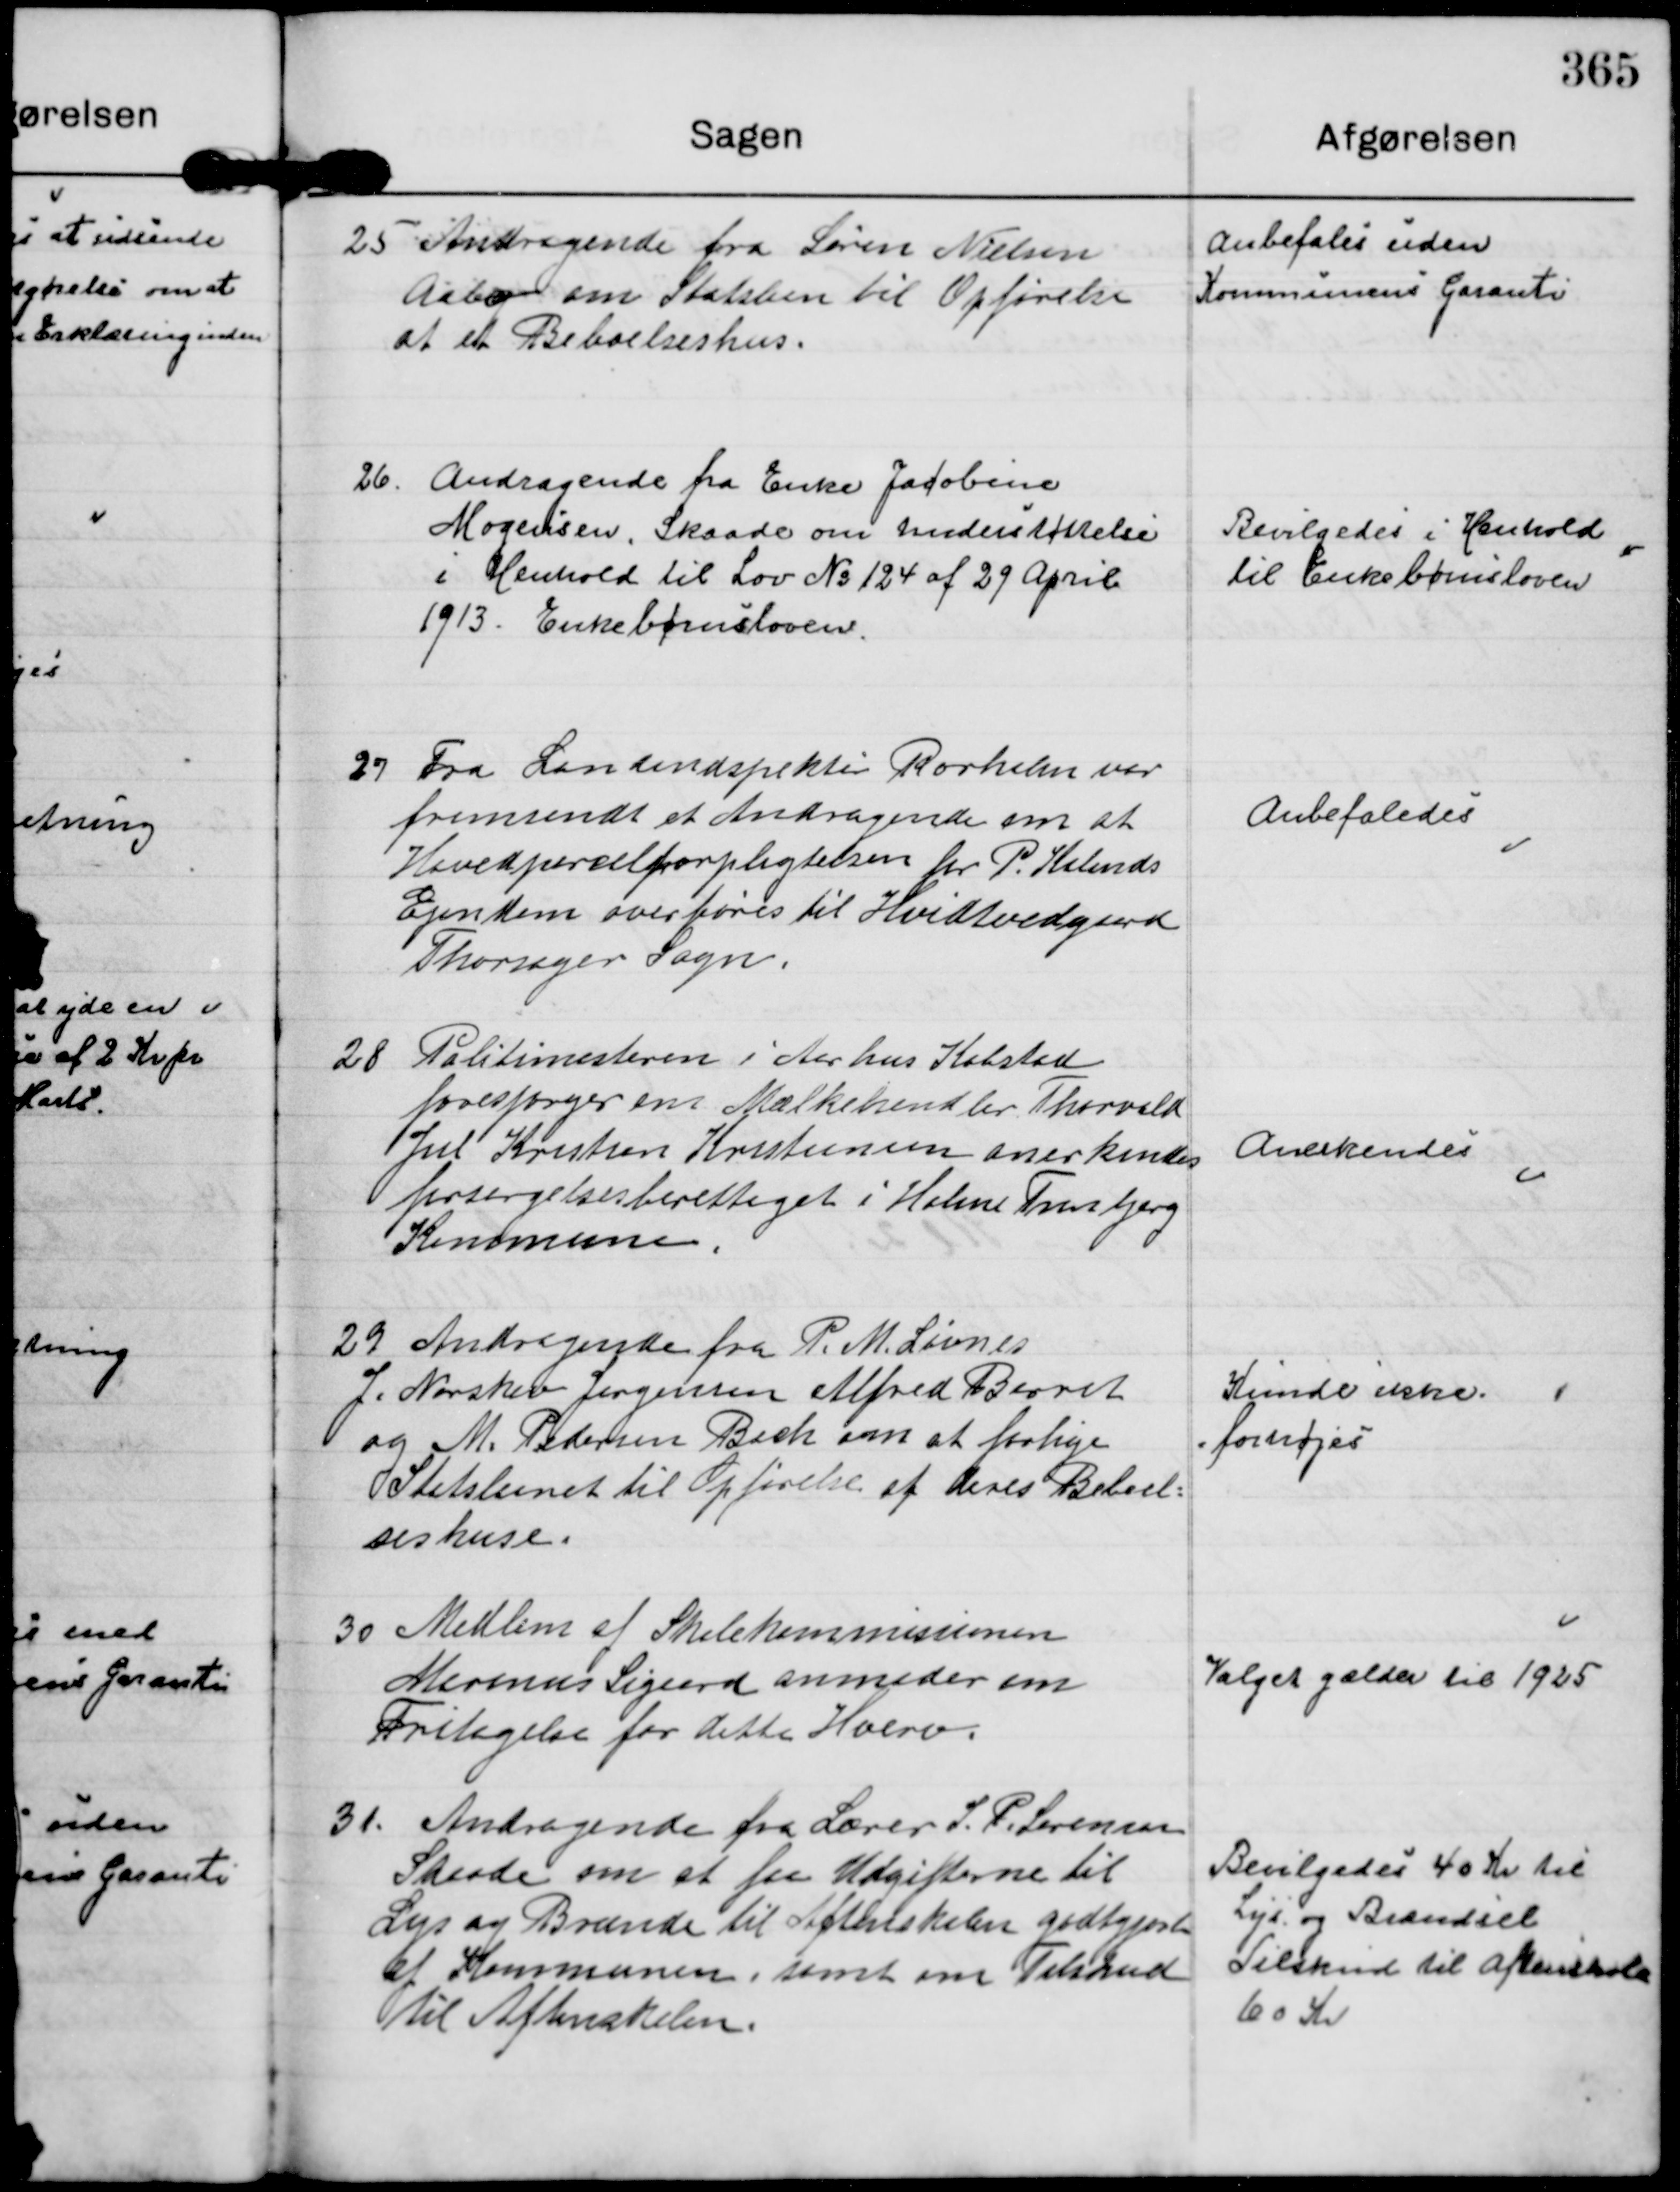
Transskription:
25
Andragende fra Søren Nielsen
Aabo om Statslaan til Opførelse
af et Beboelseshus.

Anbefales uden
Kommunens Garanti

26.
Andragende fra Enke Jacobine
Mogensen, Skaade om Understøttelse
i Henhold til Lov No 124 af 29 April
1913. Enkebørnsloven.

Bevilgedes i Henhold
til Enkebørnsloven

27
Fra Landindspektør Rørholm var
fremsendt et Andragende om at
Hovedparcelforpligtelsen for P. Kalands
Ejendom overføres til Hvidtvedgaard
Thorsager Sogn.

Anbefaledes

28
Politimesteren i Aarhus Købstad
forespørger om Mælkehandler Thorvald
Jul Kristian Kristensen anerkendes
forsørgelsesberettiget i Holme Tranbjerg
Kommune.

Anerkendes

29
Andragende fra P. M. Løvnes
J. Norskov Jørgensen Alfred Barret
og M. Pedersen Bach om at forhøje
Statslaanet til Opførelse af deres Beboel=
seshuse.

Kunde ikke .
forhøjes

30
Medlem af Skolekommissionen
Marinus Sigaard anmoder om
Fritagelse for dette Hverv.

Valget gælder til 1925

31.
Andragende fra Lærer S. P. Sørensen
Skaade om at faa Udgifterne til
Lys og Brænde til Aftenskolen godtgjort
af Kommunen, samt om Tilskud
til Aftenskolen.

Bevilgedes 40 Kr til
Lys og Brændsel
Tilskud til Aftenskole
60 Kr